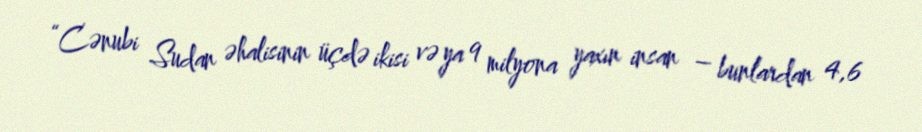
“Cənubi Sudan əhalisinin üçdə ikisi və ya 9 milyona yaxın insan – bunlardan 4,6